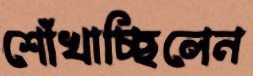
শোঁখাচ্ছিলেন